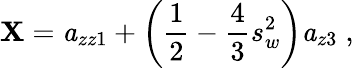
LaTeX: \mathbf{X}={\mathit{a}_{zz1}}+\left({\frac{{1}}{{2}}}-{\frac{{4}}{{3}}}s_{w}^{2}\right){\mathit{a}_{z3}}\; ,